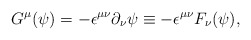
\begin{align*}G^{\mu}(\psi)=-{\epsilon}^{{\mu}{\nu}}{\partial}_{\nu}{\psi}\equiv -{\epsilon}^{{\mu}{\nu}}F_{\nu}({\psi}),\end{align*}